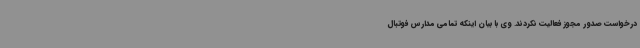
درخواست صدور مجوز فعالیت نکردند. وی با بیان اینکه تمامی مدارس فوتبال